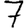
Digit: 7